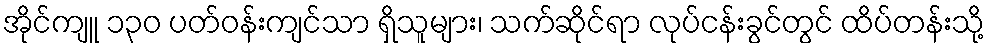
အိုင်ကျူ ၁၃၀ ပတ်ဝန်းကျင်သာ ရှိသူများ၊ သက်ဆိုင်ရာ လုပ်ငန်းခွင်တွင် ထိပ်တန်းသို့